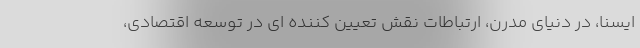
ایسنا، در دنیای مدرن، ارتباطات نقش تعیین کننده ای در توسعه اقتصادی،